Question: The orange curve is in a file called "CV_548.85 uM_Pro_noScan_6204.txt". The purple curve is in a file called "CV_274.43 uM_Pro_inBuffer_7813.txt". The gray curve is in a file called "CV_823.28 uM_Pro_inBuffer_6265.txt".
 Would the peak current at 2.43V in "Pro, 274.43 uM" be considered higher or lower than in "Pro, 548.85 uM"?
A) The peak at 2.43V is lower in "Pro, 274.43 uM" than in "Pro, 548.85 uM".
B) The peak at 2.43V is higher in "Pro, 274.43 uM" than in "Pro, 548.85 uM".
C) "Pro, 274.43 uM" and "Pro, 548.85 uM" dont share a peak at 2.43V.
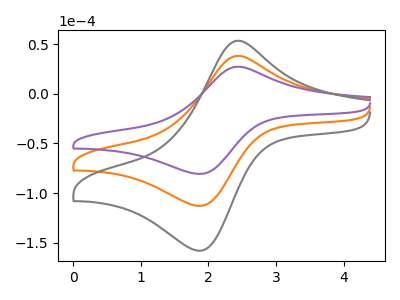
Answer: <think>The orange curve "Pro, 548.85 uM" has an anodic peak at (2.45V, 38.20uA) and a cathodic peak at (1.90V, -112.80uA). The purple curve "Pro, 274.43 uM" has an anodic peak at (2.45V, 27.30uA) and a cathodic peak at (1.90V, -80.60uA). The gray curve "Pro, 823.28 uM" has an anodic peak at (2.45V, 76.45uA) and a cathodic peak at (1.90V, -225.65uA).</think>
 <answer>A) The peak at 2.43V is lower in "Pro, 274.43 uM" than in "Pro, 548.85 uM".</answer>
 <eval>A</eval>